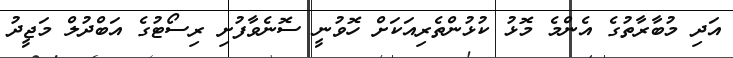
އަދި މުބާރާތުގެ އެންމެ މޮޅު ކުޅުންތެރިއަކަށް ހޮވުނީ ސޮނެވާފުށި ރިސޯޓުގެ އަބްދުލް މަޖީދު